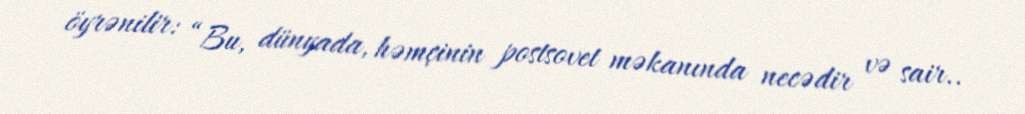
öyrənilir: “Bu, dünyada, həmçinin postsovet məkanında necədir və sair..